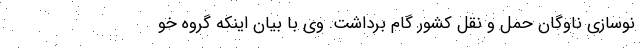
نوسازی ناوگان حمل و نقل کشور گام برداشت. وی با بیان اینکه گروه خو